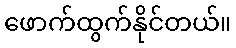
ဖောက်ထွက်နိုင်တယ်။